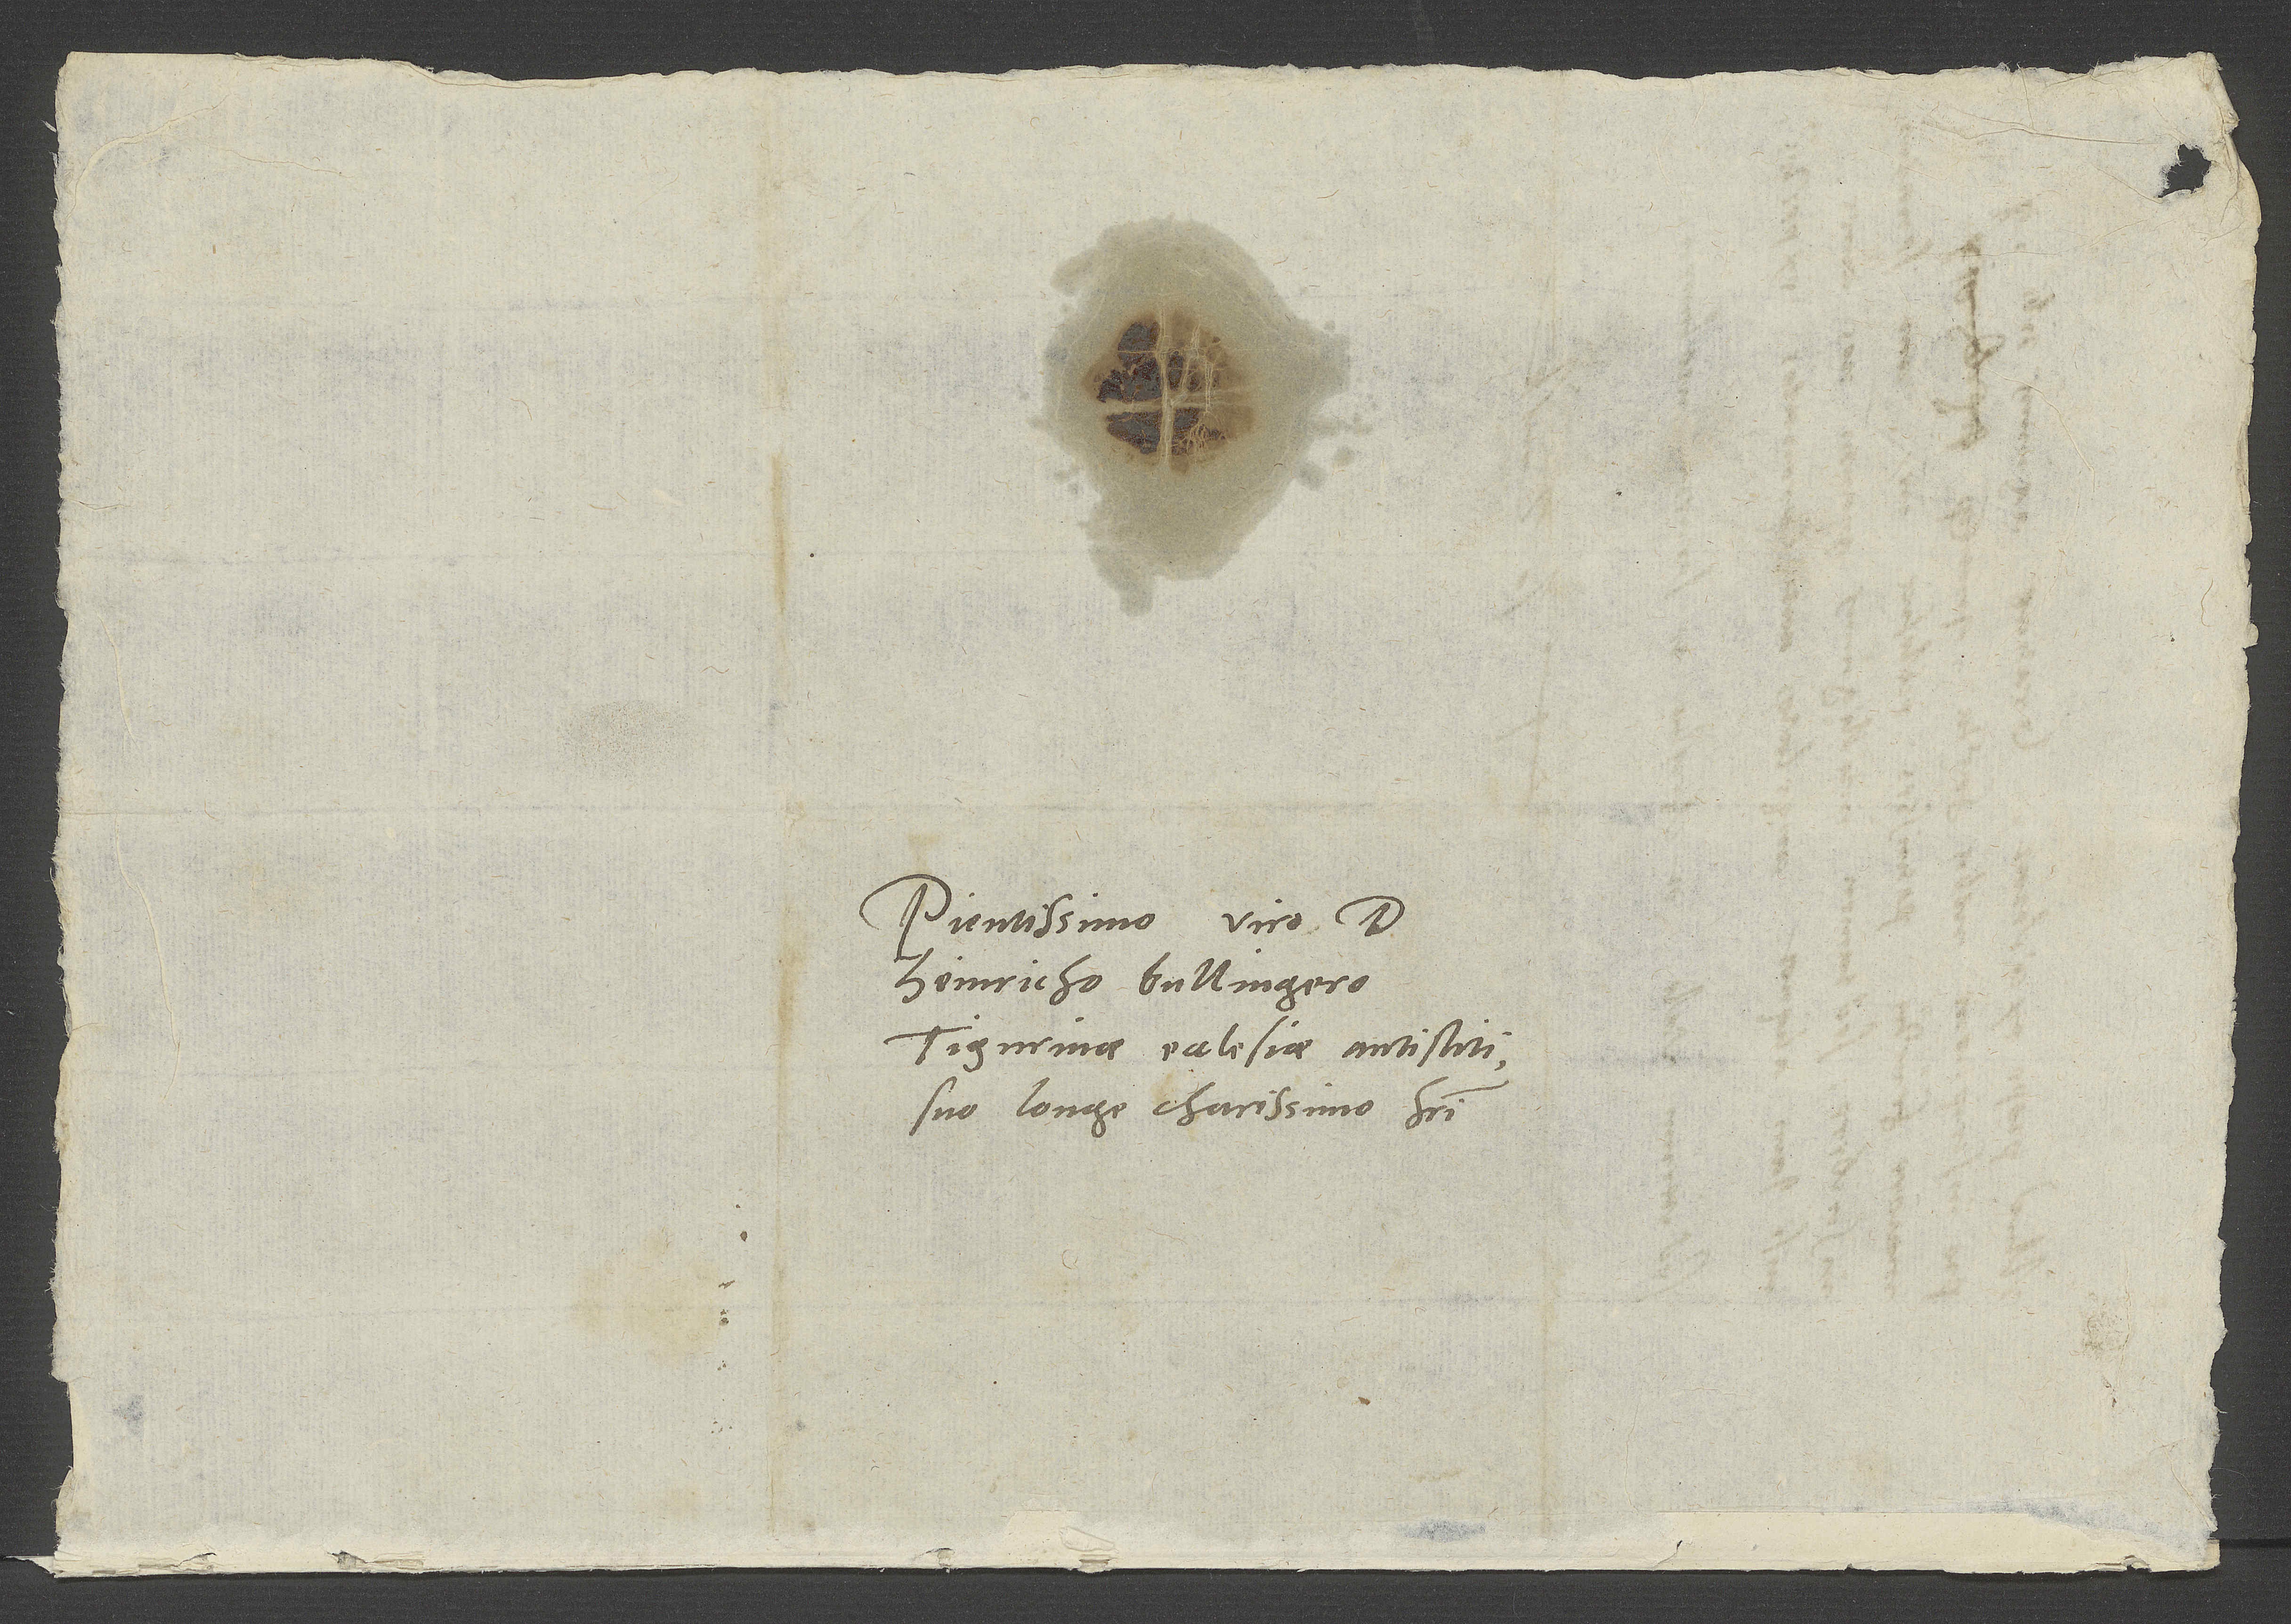
Pientissimo viro d.
Heinricho Bullingero,
Tigurinae ecclesiae antistiti,
suo longe charissimo fratri.